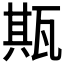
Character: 𤭣